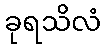
ခုရသိလံ